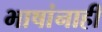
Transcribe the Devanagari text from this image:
भाषांनाही